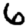
Digit: 6